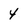
Character: 4